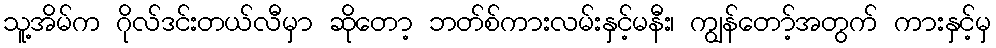
သူ့အိမ်က ဂိုလ်ဒင်းတယ်လီမှာ ဆိုတော့ ဘတ်စ်ကားလမ်းနှင့်မနီး၊ ကျွန်တော့်အတွက် ကားနှင့်မှ